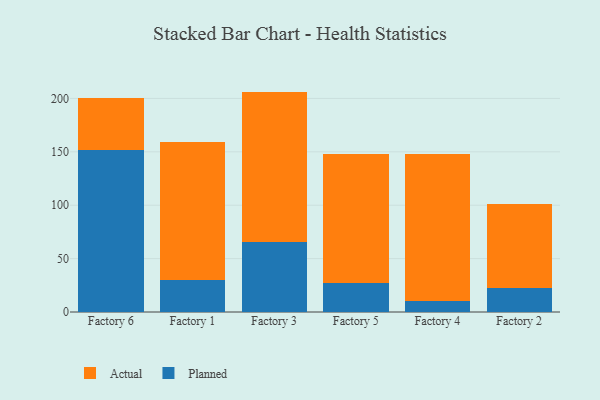
{"axis": {"x": "Factory", "y": "Production Output"}, "legend": ["Actual", "Planned"], "data": [{"x": "Factory 6", "y": 151.7, "type": "Planned"}, {"x": "Factory 6", "y": 48.7, "type": "Actual"}, {"x": "Factory 1", "y": 30.1, "type": "Planned"}, {"x": "Factory 1", "y": 128.7, "type": "Actual"}, {"x": "Factory 3", "y": 65.8, "type": "Planned"}, {"x": "Factory 3", "y": 140.6, "type": "Actual"}, {"x": "Factory 5", "y": 27.5, "type": "Planned"}, {"x": "Factory 5", "y": 120.9, "type": "Actual"}, {"x": "Factory 4", "y": 10.5, "type": "Planned"}, {"x": "Factory 4", "y": 137.7, "type": "Actual"}, {"x": "Factory 2", "y": 22.4, "type": "Planned"}, {"x": "Factory 2", "y": 78.6, "type": "Actual"}]}